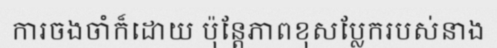
ការចងចាំក៏ដោយ ប៉ុន្តែភាពខុសប្លែករបស់នាង